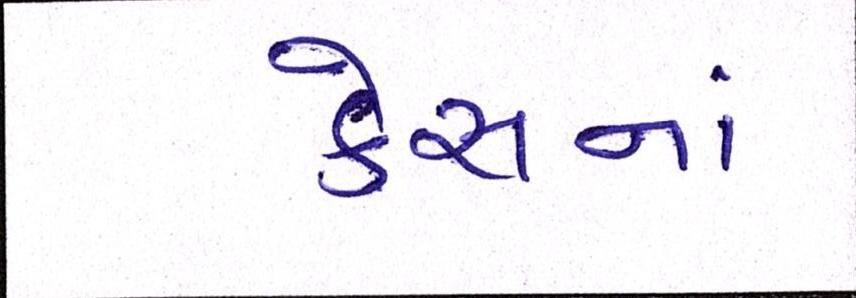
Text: કેસનાં